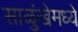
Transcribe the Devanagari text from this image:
साळुंखेमध्ये